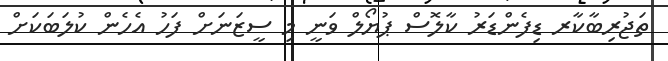
ތަޖުރިބާކާރ ޑިފެންޑަރު ކާލޮސް ޕުޔޯލް ވަނީ މި ސީޒަނަށް ފަހު އެެހެން ކުލަބަކަށް